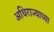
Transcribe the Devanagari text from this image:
अधिराज्याच्या